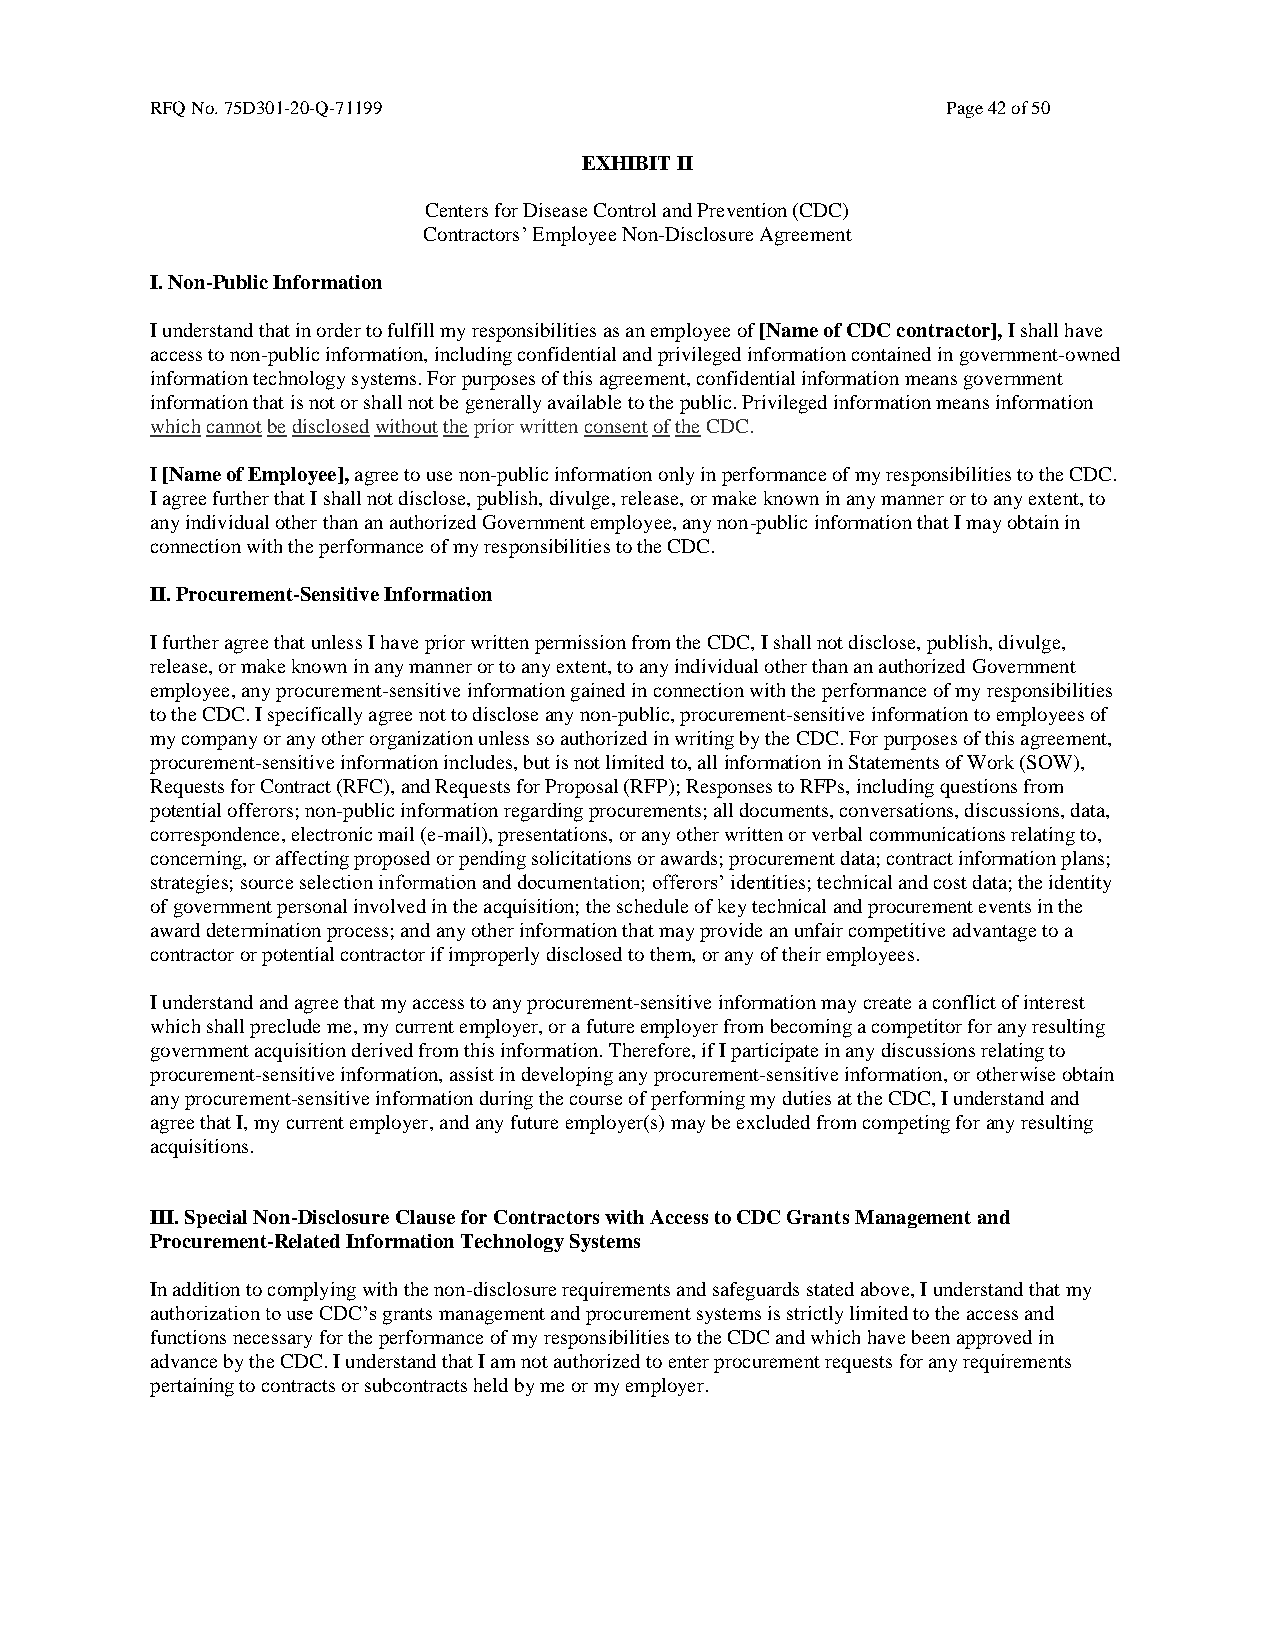
RFQ No. 75D301-20-Q-71199                            Page 42 of 50
 EXHIBIT II
 Centers for Disease Control and Prevention (CDC)
 Contractors’ Employee Non-Disclosure Agreement
 I. Non-Public Information
 I understand that in order to fulfill my responsibilities as an employee of [Name of CDC contractor], I shall have
 access to non-public information, including confidential and privileged information contained in government-owned
 information technology systems. For purposes of this agreement, confidential information means government
 information that is not or shall not be generally available to the public. Privileged information means information
 which cannot be disclosed without the prior written consent of the CDC.
 I [Name of Employee], agree to use non-public information only in performance of my responsibilities to the CDC.
 I agree further that I shall not disclose, publish, divulge, release, or make known in any manner or to any extent, to
 any individual other than an authorized Government employee, any non-public information that I may obtain in
 connection with the performance of my responsibilities to the CDC.
 II. Procurement-Sensitive Information
 I further agree that unless I have prior written permission from the CDC, I shall not disclose, publish, divulge,
 release, or make known in any manner or to any extent, to any individual other than an authorized Government
 employee, any procurement-sensitive information gained in connection with the performance of my responsibilities
 to the CDC. I specifically agree not to disclose any non-public, procurement-sensitive information to employees of
 my company or any other organization unless so authorized in writing by the CDC. For purposes of this agreement,
 procurement-sensitive information includes, but is not limited to, all information in Statements of Work (SOW),
 Requests for Contract (RFC), and Requests for Proposal (RFP); Responses to RFPs, including questions from
 potential offerors; non-public information regarding procurements; all documents, conversations, discussions, data,
 correspondence, electronic mail (e-mail), presentations, or any other written or verbal communications relating to,
 concerning, or affecting proposed or pending solicitations or awards; procurement data; contract information plans;
 strategies; source selection information and documentation; offerors’ identities; technical and cost data; the identity
 of government personal involved in the acquisition; the schedule of key technical and procurement events in the
 award determination process; and any other information that may provide an unfair competitive advantage to a
 contractor or potential contractor if improperly disclosed to them, or any of their employees.
 I understand and agree that my access to any procurement-sensitive information may create a conflict of interest
 which shall preclude me, my current employer, or a future employer from becoming a competitor for any resulting
 government acquisition derived from this information. Therefore, if I participate in any discussions relating to
 procurement-sensitive information, assist in developing any procurement-sensitive information, or otherwise obtain
 any procurement-sensitive information during the course of performing my duties at the CDC, I understand and
 agree that I, my current employer, and any future employer(s) may be excluded from competing for any resulting
 acquisitions.
 III. Special Non-Disclosure Clause for Contractors with Access to CDC Grants Management and
 Procurement-Related Information Technology Systems
 In addition to complying with the non-disclosure requirements and safeguards stated above, I understand that my
 authorization to use CDC’s grants management and procurement systems is strictly limited to the access and
 functions necessary for the performance of my responsibilities to the CDC and which have been approved in
 advance by the CDC. I understand that I am not authorized to enter procurement requests for any requirements
 pertaining to contracts or subcontracts held by me or my employer.